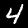
Digit: 4